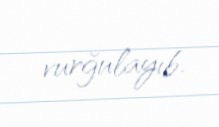
vurğulayıb.